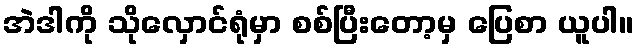
အဲဒါကို သိုလှောင်ရုံမှာ စစ်ပြီးတော့မှ ပြေစာ ယူပါ။